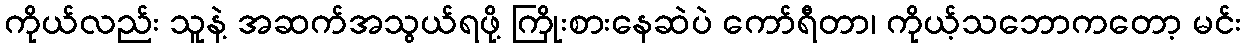
ကိုယ်လည်း သူနဲ့ အဆက်အသွယ်ရဖို့ ကြိုးစားနေဆဲပဲ ကော်ရီတာ၊ ကိုယ့်သဘောကတော့ မင်း